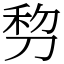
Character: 剓